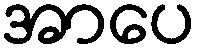
အာပေ